Report of the Municipal Commissioner on the plague in Bombay for the year ending 31st May... - Volume 2
Disease focus: Plague
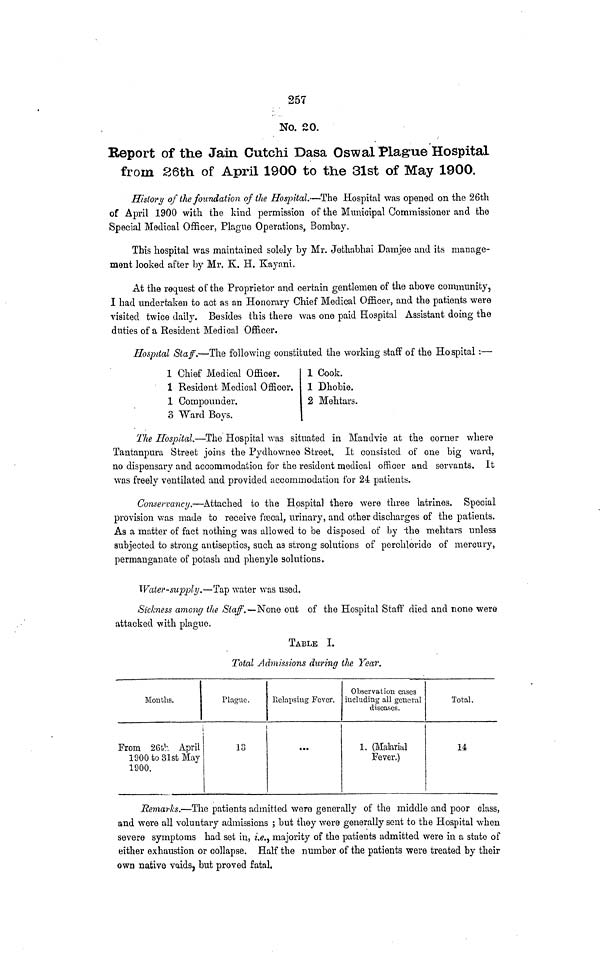
257
No. 20.
Report of the Jain Cutchi Dasa Oswal Plague Hospital
from 26th of April 1900 to the 31st of May 1900.
History of the foundation of the Hospital.—The Hospital was opened on the 26th
of April 1900 with the kind permission of the Municipal Commissioner and the
Special Medical Officer, Plague Operations, Bombay.
This hospital was maintained solely by Mr. Jethabhai Damjee and its manage-
ment looked after by Mr. K. H. Kayani.
At the request of the Proprietor and certain gentlemen of the above community,
I had undertaken to act as an Honorary Chief Medical Officer, and the patients were
visited twice daily. Besides this there was one paid Hospital Assistant doing the
duties of a Resident Medical Officer.
Hospital Staff.—The following constituted the working staff of the Hospital :—
1 Chief Medical Officer.
1 Resident Medical Officer.
1 Compounder.
3 Ward Boys.
1 Cook.
1 Dhobie.
2 Mehtars
The Hospital*—The Hospital was situated in Mandvie at the corner where
Tantanpura Street joins the Pydhowneo Street, It consisted of one big ward,
no dispensary and accommodation for the resident medical officer and servants. It
was freely ventilated and provided accommodation for 24 patients.
Conservancy.—Attached to the Hospital there were three latrines. Special
provision was made to receive frecal, urinary, and other discharges of the patients.
As a matter of fact nothing was allowed to be disposed of by "the mehtars unless
subjected to strong antiseptics, such as strong solutions of perchloride of mercury,
permanganate of potash and phenyle solutions.
Water-supply.—Tap water was used.
Sickness among the Sta/.—NoiiQ out of the Hospital Staff died and none were
attacked with plague.
TABLE I.
Total Admissions durina the Year.
Months.
From 26th April
1900 to 31st May
1900.
Plague.
18
Relapsing Fever.
...
Observation cases
including all general
diseases.
1, (Malarial
Fever.)
Total.
14
Remarks.—The patients admitted were generally of the middle and poor class,
and were all voluntary admissions ; but they were generally sent to the Hospital when
severe symptoms had set in, z'.0., majority of the patients admitted were in a state of
either exhaustion or collapse. Half the number of the patients were treated by their
own native vaids, but proved fatal.